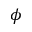
\phi